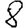
Digit: 8